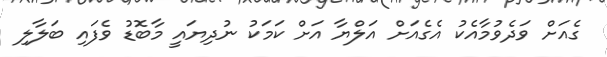
ގެއަށް ވަދެވުމާއެކު އެގެއަށް އަލްޔާ އަށް ކަމަކު ނުދިޔައީ މާބޮޑު ވެފައި ބަލާލި